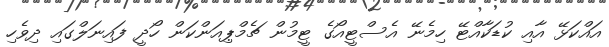
އައްކަޅޭ އާއި ކުޑަކާއްޓޭ ހިމެނޭ އެސްޓީއޯގެ ޓީމުން ޗެމްޕިއަންކަން ހޯދީ ފައިނަލްގައި ދިވެހި